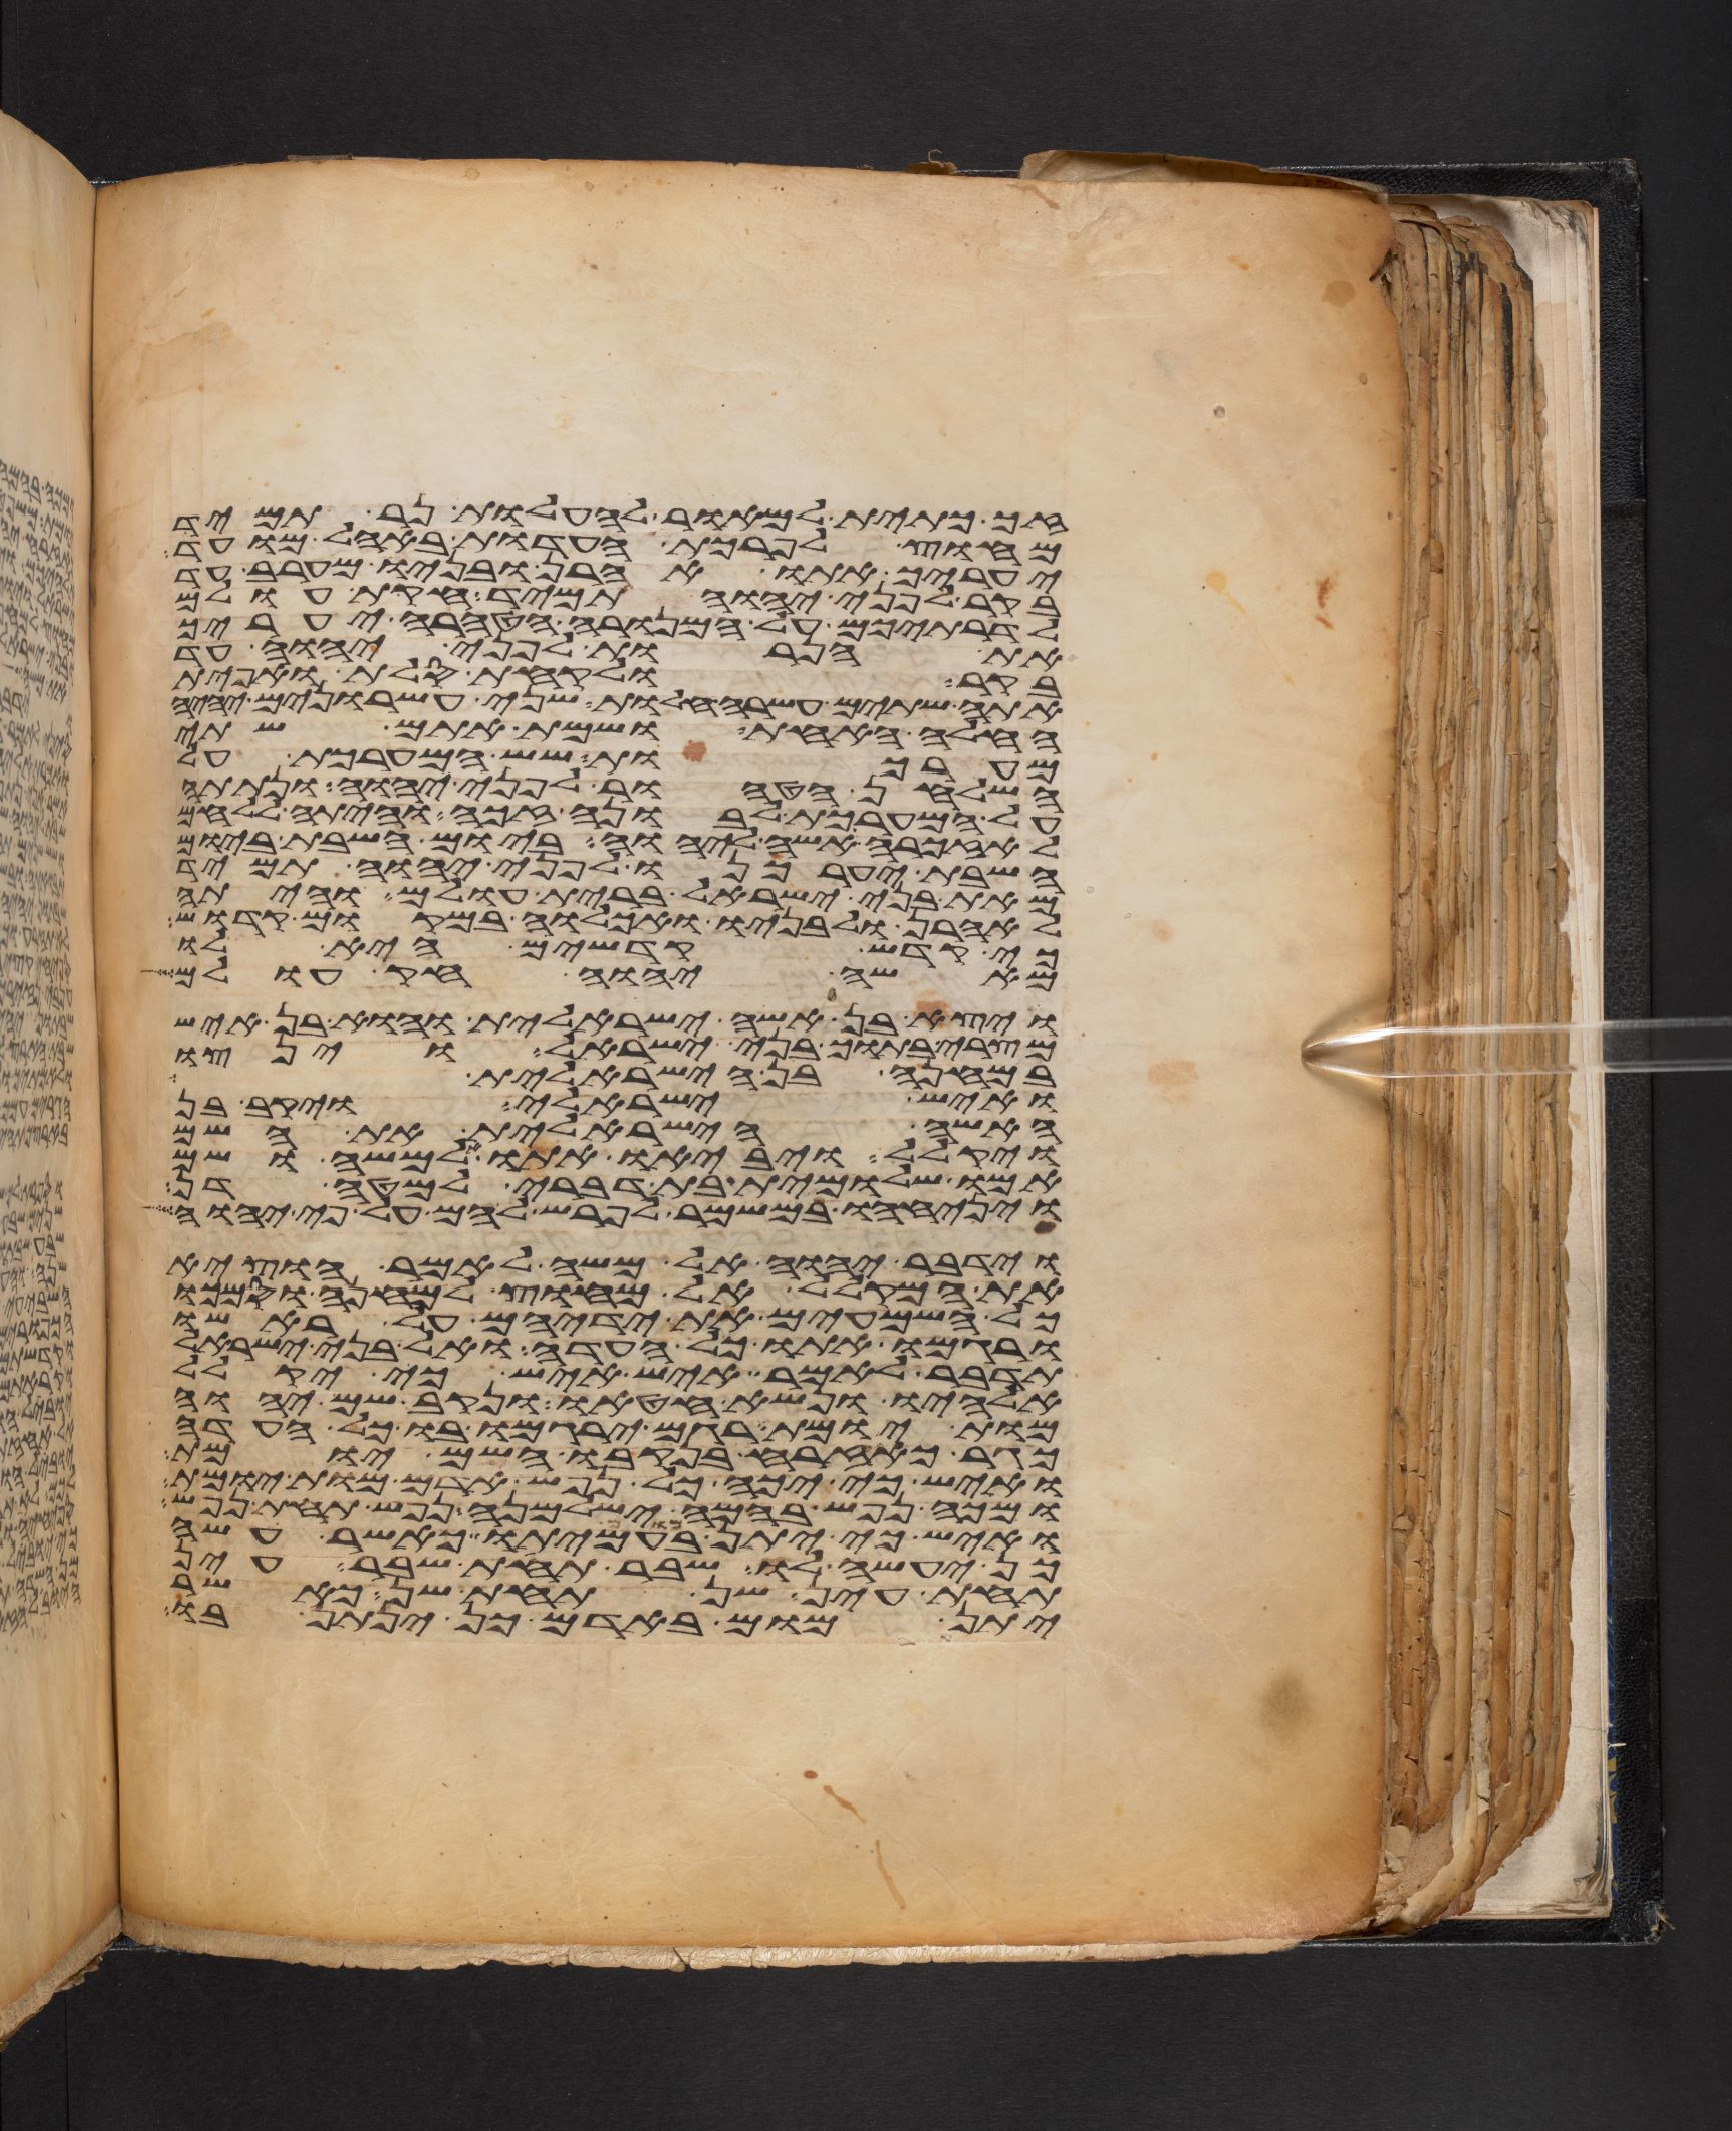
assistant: זך כתית למאור להעלות נר תמיד
מחוץ לפרכת העדות באהל מועד
יעריך אתו אהרן ובניו מערב עד
בקר לפני יהוה תמיד חקות עולם
לדרתיכם על המנורה הטהרה יעריך
את הנרות לפני יהוה עד
בקר ולקחת סלת ואפית
אתה שתים עשרה חלות שני עשרנים יהיה
החלה האחת ושמת אתם שתי
מערכות שש המערכת על
השלחן הטהור לפני יהוה ונתתה
על המערכת לבונה זכה והיתה ללחם
לאזכרה אשה ליהוה ביום השבת ביום
השבת יערכנו לפני יהוה תמיד
מאת בני ישראל ברית עולם והיתה
לאהרן ולבניו ואכלוה במקום קדוש
כי קדש קדשים היא לו
מאשי יהוה חק עולם
ויצא בן אשה ישראלית והוא בן איש
מצרי בתוך בני ישראל וינצו
במחנה בן הישראלית
ואיש ישראלי ויקב בן
האשה הישראלית את השם
ויקלל ויביאו אתו אל משה ושם
אמו שלומית בת דברי למטה דן
ויניחהו במשמר לפרש להם על פי יהוה
וידבר יהוה אל משה לאמר הוציא
את המקלל אל מחוץ למחנה וסמכו
כל השמעים את ידיהם על ראשו
ורגמו אתו כל העדה ואל בני ישראל
תדבר לאמר איש איש כי יקלל
אלהיו ונשא חטאו ונקב שם יהוה
מות יומת רגם ירגמו בו כל העדה
כגר כאזרח בנקבו השם יומת
ואיש כי יכה כל נפש אדם מות יומת
ומכה נפש בהמה ישלמנה נפש תחת נפש
ואיש כי יתן מום בעמיתו כאשר עשה
כן יעשה לו שבר תחת שבר עין
תחת עין שן תחת שן כאשר
יתן מום באדם כן ינתן בו